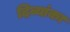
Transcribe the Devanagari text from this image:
दिव्यांका